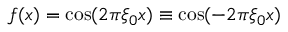
f ( x ) = \cos ( 2 \pi \xi _ { 0 } x ) \equiv \cos ( - 2 \pi \xi _ { 0 } x )